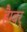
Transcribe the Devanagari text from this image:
हैम्बर्